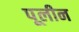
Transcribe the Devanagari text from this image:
पूलीन